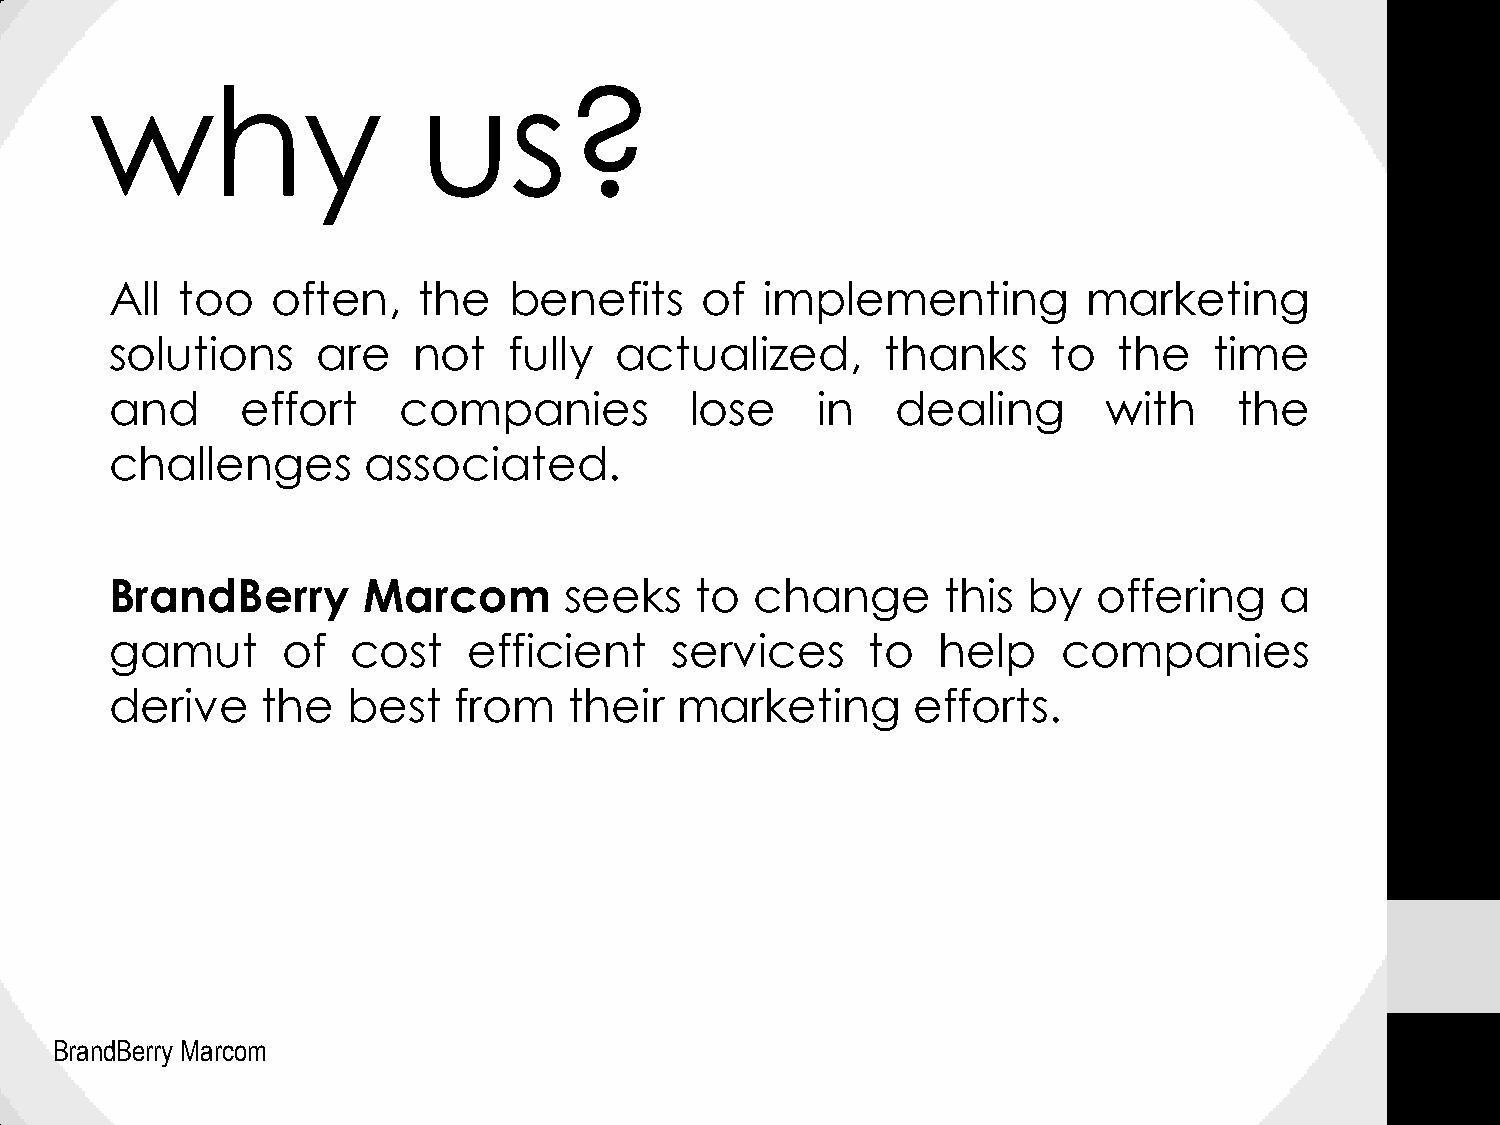
why                   us?
 All  too   often,    the   benefits    of  implementing          marketing
 solutions     are   not    fully  actualized,       thanks     to  the   time
 and      effort    companies           lose    in   dealing       with     the
 challenges       associated.
 BrandBerry       Marcom       seeks    to  change      this  by   offering    a
 gamut       of  cost    efficient    services     to   help    companies
 derive    the   best   from    their  marketing      efforts.
 BrandBerry Marcom